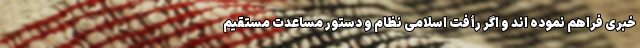
خبری فراهم نموده‌ اند و اگر رأفت اسلامی نظام و دستور مساعدت مستقیم